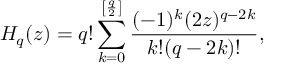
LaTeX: H _ { q } ( z ) = q ! \sum _ { k = 0 } ^ { \left[ \frac q 2 \right] } \frac { ( - 1 ) ^ { k } ( 2 z ) ^ { q - 2 k } } { k ! ( q - 2 k ) ! } ,